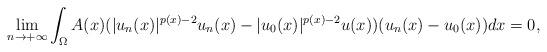
LaTeX: \begin{align*}\displaystyle \lim_{n\rightarrow +\infty}\displaystyle \int_{\Omega}A(x)(|u_{n}(x)|^{p(x)-2}u_{n}(x)-|u_{0}(x)|^{p(x)-2}u(x))(u_{n}(x)-u_{0}(x))dx=0, \end{align*}